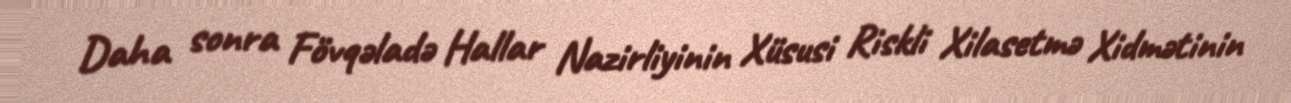
Daha sonra Fövqəladə Hallar Nazirliyinin Xüsusi Riskli Xilasetmə Xidmətinin